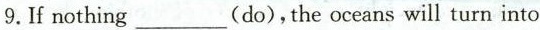
9.If nothing___(do),the oceans will turn into